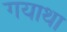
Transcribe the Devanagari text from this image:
गयाथा